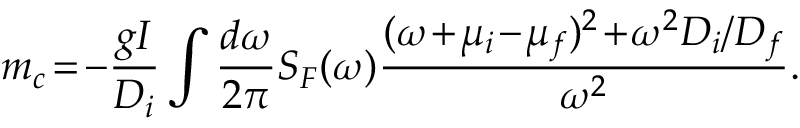
m _ { c } \! = \! - \frac { g I } { D _ { i } } \int \frac { d \omega } { 2 \pi } S _ { F } ( \omega ) \frac { ( \omega \! + \! \mu _ { i } \! - \! \mu _ { f } ) ^ { 2 } \! + \! \omega ^ { 2 } D _ { i } / D _ { f } } { \omega ^ { 2 } } .